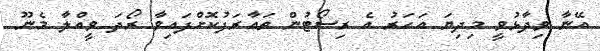
އޭނާ ވިދާޅުވީ މިދިޔަ އަހަރު އެ ރިސޯޓުން ތައާރަފުކޮށްފައިވާ ރޯދަ ވީއްލާ މެނޫ